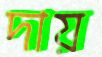
দায়